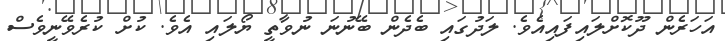
އަހަރެން ދޫކޮށްލައިފައިއެވެ. ލަދުގައި ބެދެން ބޭނުނަ ނުވާތީ ޔޯލައި އެވެ. ކުށް ކުރެވޭނީވެސް